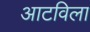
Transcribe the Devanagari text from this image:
आटविला